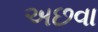
અછવા